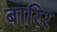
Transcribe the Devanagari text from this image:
बारिर